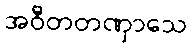
အဝီတတဏှာသေ